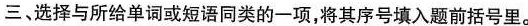
三、选择与所给单词或短语同类的一项,将其序号填入题前括号里。